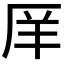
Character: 𫨇